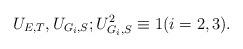
LaTeX: \begin{align*}U_{E,T},U_{G_i,S};U^{2}_{G_i,S}\equiv 1(i=2,3).\end{align*}